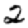
Digit: 2